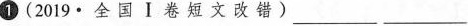
①(2019·全国Ⅰ卷短文改错)___ ___